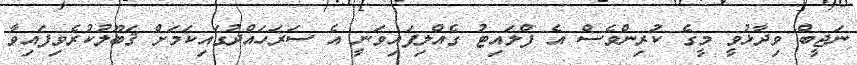
ނަޖީބް ވިދާޅުވީ މީގެ ކުރިންވެސް އެ ފްލައިޓު ގެއްލިފައިވަނީ އެ ސަރަހައްދުގައިކަމަށް ޤަބޫލުކުރެވިފައިވާ